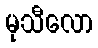
မုသီလော